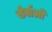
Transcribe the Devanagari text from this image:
सेर्वाओं